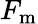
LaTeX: F_{\mathrm{m}}